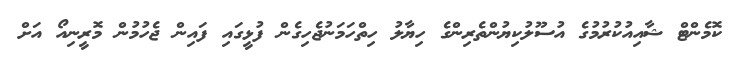
ކޮމެންޓް ޝާއިއުކުރުމުގެ އުސޫލުކިޔުންތެރިންގެ ހިޔާލު ހިތްހަމަނުޖެހިގެން ފުޅީގައި ފައިން ޖެހުމުން މޮރީނިއޯ އަށް